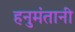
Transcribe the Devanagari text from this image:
हनुमंतानी